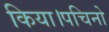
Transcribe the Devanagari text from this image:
किया।पचिनो